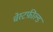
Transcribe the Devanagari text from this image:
चेस्टफ़ील्ड